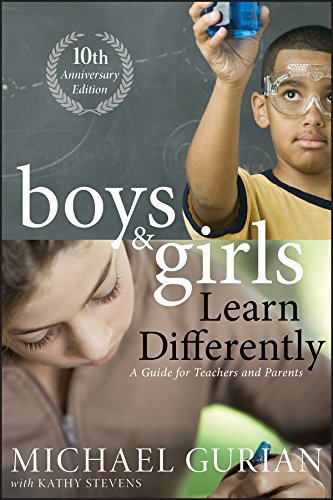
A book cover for Boys and Girls Learn Differently! A Guide for Teachers and Parents; Michael Gurian; Education & Teaching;